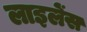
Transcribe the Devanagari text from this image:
लाइलेंस